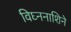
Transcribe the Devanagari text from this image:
विघ्ननाशिने